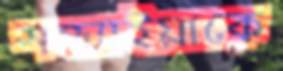
সন্ধ্যাইয়াকে